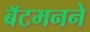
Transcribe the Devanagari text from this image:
बॅटमनने